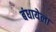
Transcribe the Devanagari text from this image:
बंधायेला